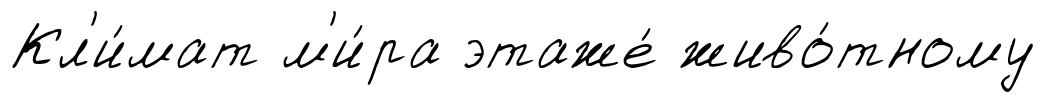
Кл'и́мат м'и́ра этаже́ живо́тному